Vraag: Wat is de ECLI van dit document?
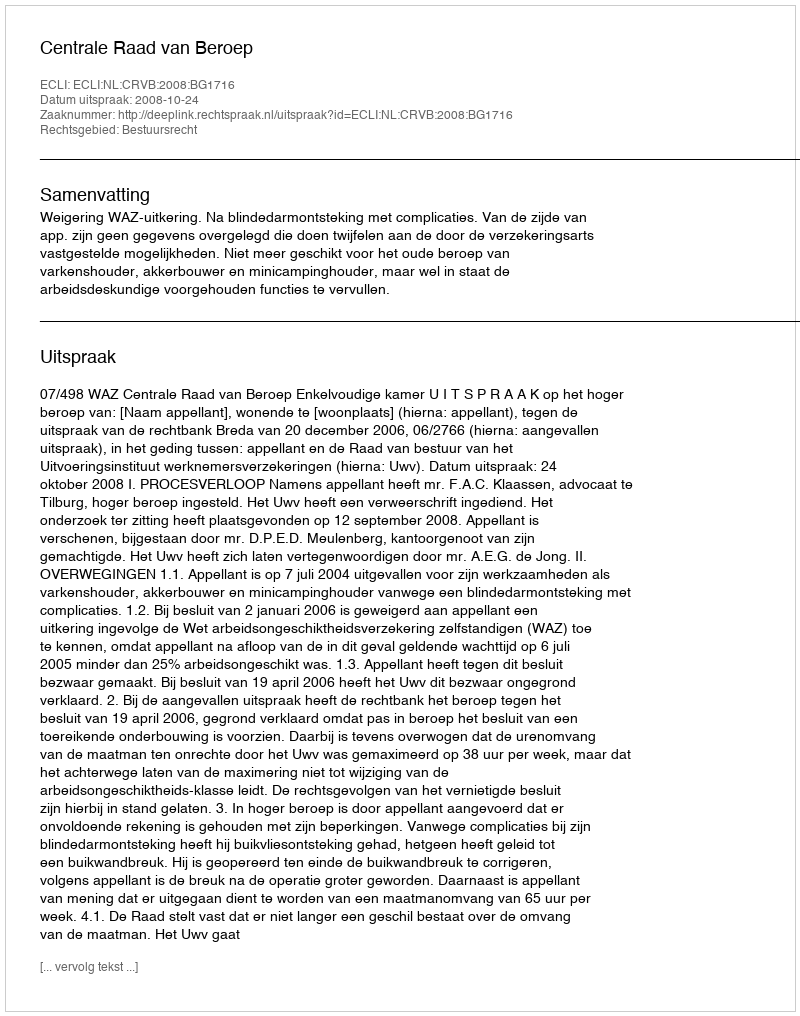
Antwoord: ECLI:NL:CRVB:2008:BG1716